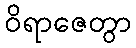
ဝိရာဇေတွာ